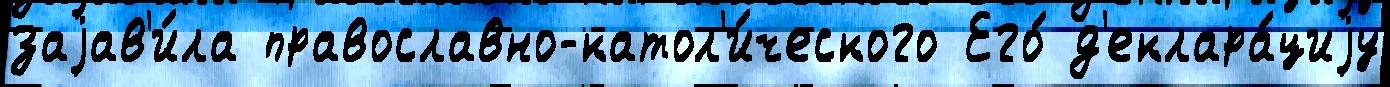
заjав'и́ла православно-катол'и́ческого Его́ д'еклара́циjу